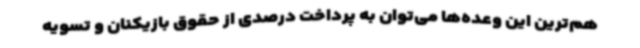
هم‌ترین این وعده‌ها می‌توان به پرداخت درصدی از حقوق بازیکنان و تسویه